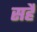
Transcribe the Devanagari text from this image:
सहैं